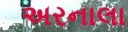
અરનાલા